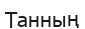
Танның